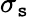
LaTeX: \sigma_{\mathtt{s}}